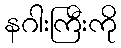
နဂါးကြီးကို